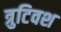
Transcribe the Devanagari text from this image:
त्रुटिवश